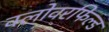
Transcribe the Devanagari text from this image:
क्लोवरफिल्ड